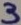
Text: 3